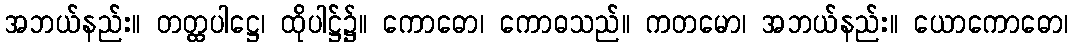
အဘယ်နည်း။ တတ္ထပါဋ္ဌေ၊ ထိုပါဋ္ဌ်၌။ ကောဓော၊ ကောဓသည်။ ကတမော၊ အဘယ်နည်း။ ယောကောဓော၊